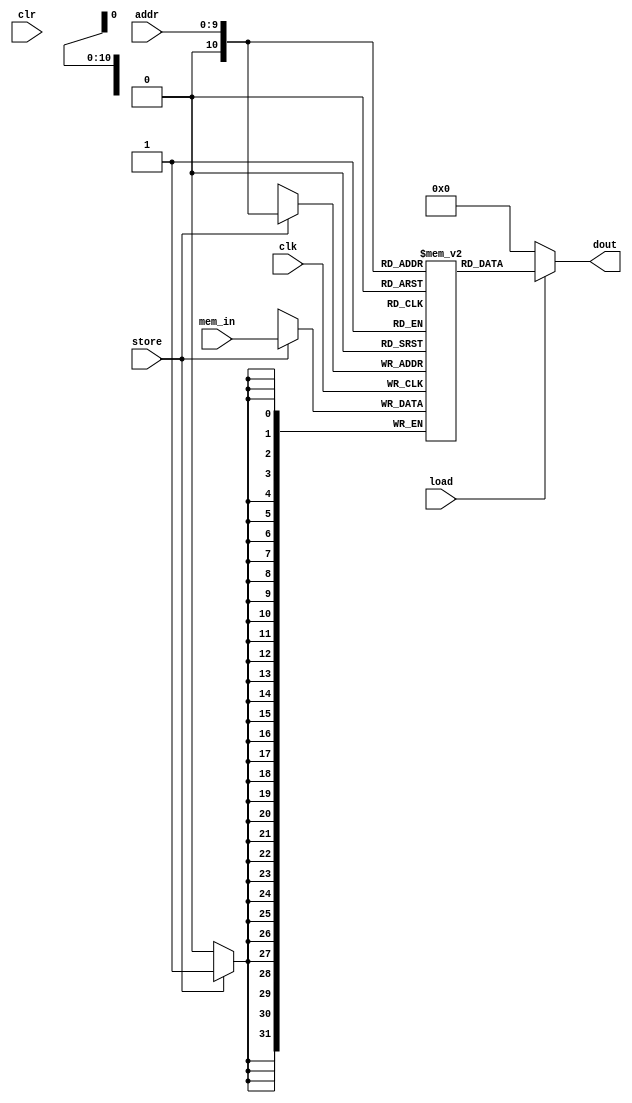
module DMem (  // TODO: change the mem arch to byte addressable
    input [9:0] addr,
    input [31:0] mem_in,
    input store, load, clr, clk,
    output [31:0] dout
);
    reg [31:0] mem[2**11 - 1 : 0];
    
    always @(posedge clk) begin
        // if (clr) mem =  TODO: how to set 0?
        if (store) mem[addr] <= mem_in;
    end
    assign dout = (load) ? mem[addr] : 0;

    // always @(*) begin  // note: read memory don't need clk signal
    //     if (clr) begin
    //         for (i = 0; i < 2**11; i = i + 1) begin
    //             mem[i] = 32'b0;
    //         end
    //     end
    //     if (load) dout <= mem[addr];
    // end
endmodule